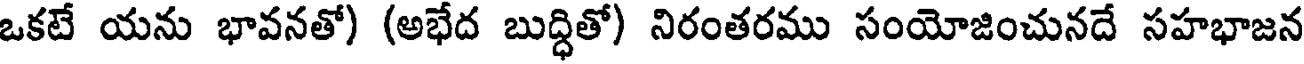
ఒకటే యను భావనతో) (అభేద బుద్ధితో) నిరంతరము సంయోజించునదే సహభాజన